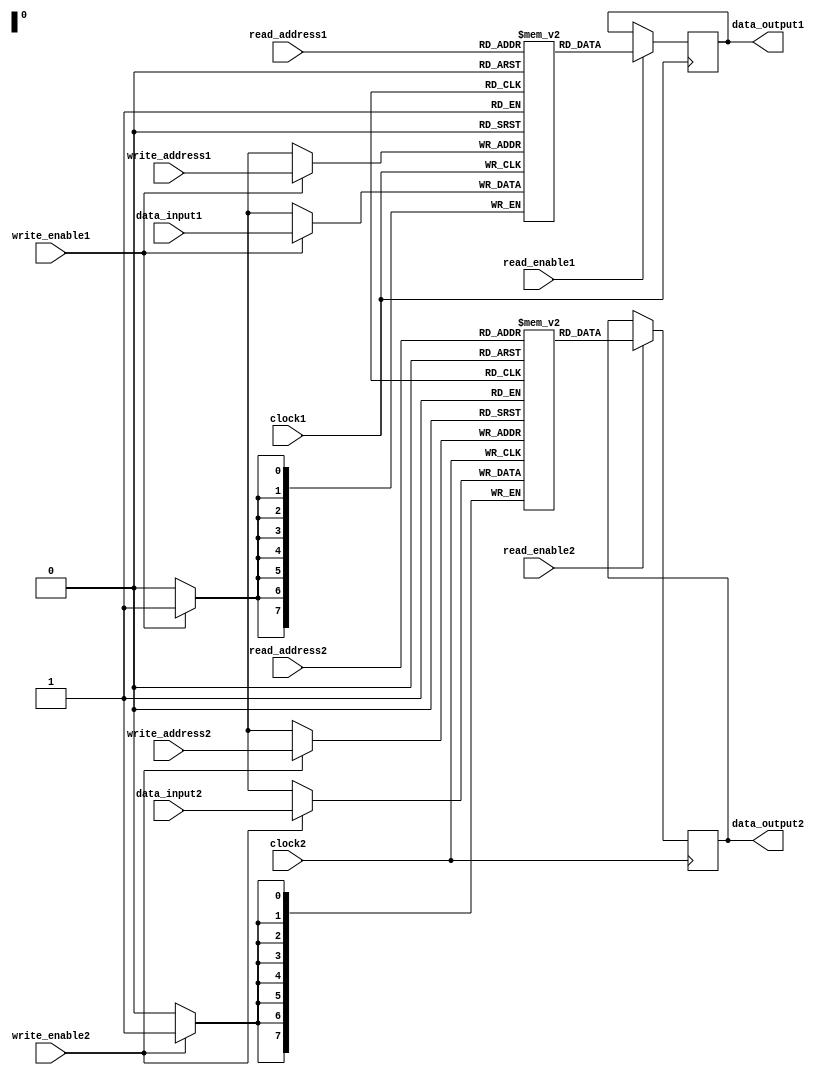
module dual_port_ram (
    input wire [7:0] read_address1,
    input wire [7:0] write_address1,
    input wire [7:0] data_input1,
    output reg [7:0] data_output1,
    input wire read_enable1,
    input wire write_enable1,
    input wire clock1,
    
    input wire [7:0] read_address2,
    input wire [7:0] write_address2,
    input wire [7:0] data_input2,
    output reg [7:0] data_output2,
    input wire read_enable2,
    input wire write_enable2,
    input wire clock2
);

reg [7:0] memory1 [0:255];
reg [7:0] memory2 [0:255];

always @(posedge clock1) begin
    if(write_enable1) begin
        memory1[write_address1] <= data_input1;
    end
    if(read_enable1) begin
        data_output1 <= memory1[read_address1];
    end
end

always @(posedge clock2) begin
    if(write_enable2) begin
        memory2[write_address2] <= data_input2;
    end
    if(read_enable2) begin
        data_output2 <= memory2[read_address2];
    end
end

endmodule